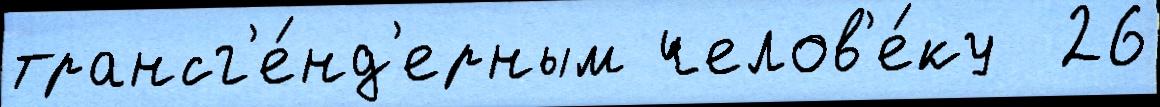
трансг'е́нд'ерным челов'е́ку  26